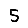
Digit: 5